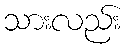
သားလည်း